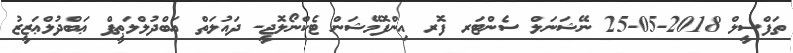
ތަފްސީލް 2018-05-25 ނޭޝަނަލް ސެންޓަރ ފޮރ އިންފޮމޭޝަން ޓެކްނޯލޮޖީ- ދައުލަތް ޢަބްދުލްލަޠީފް ޢަބްދުލްޢަޒީޒު